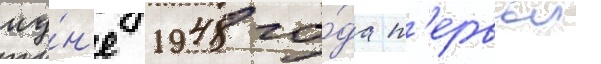
иу́н'е 1948 го́да п'ервыи